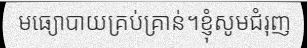
មធ្យោបាយគ្រប់គ្រាន់។ខ្ញុំសូមជំរុញ